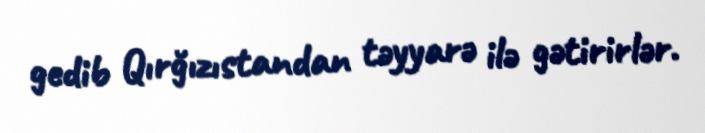
gedib Qırğızıstandan təyyarə ilə gətirirlər.